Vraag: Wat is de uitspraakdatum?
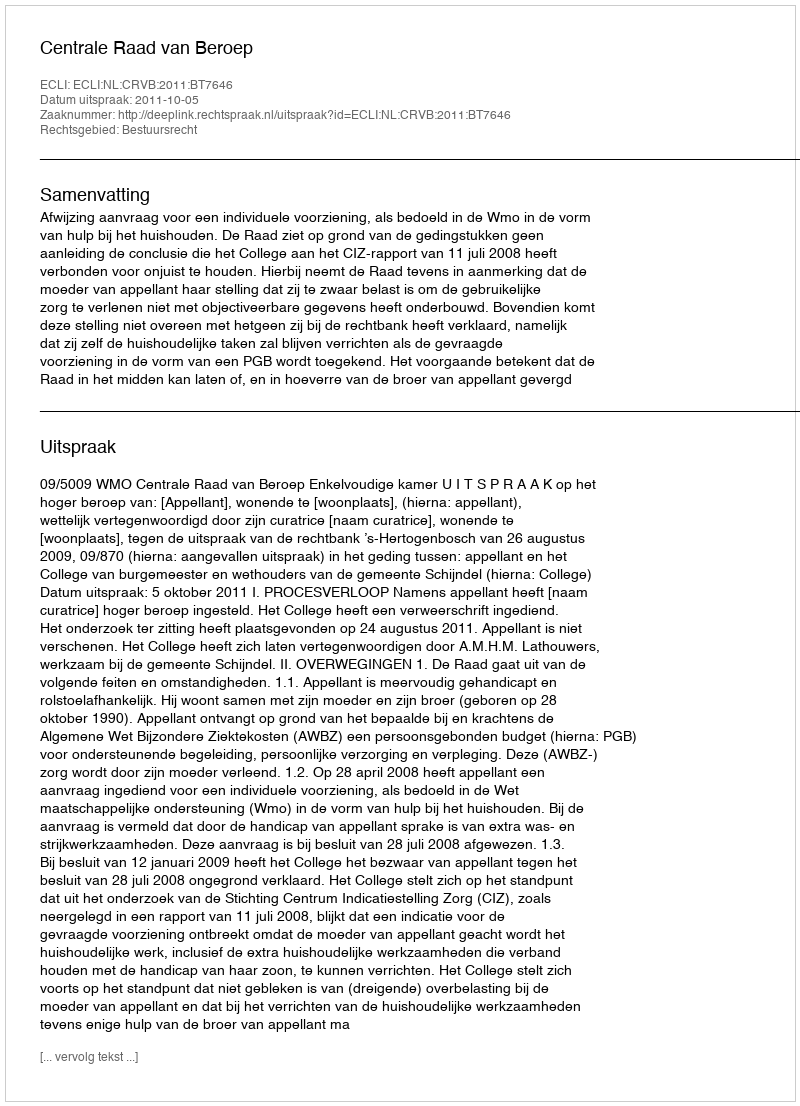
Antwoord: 2011-10-05